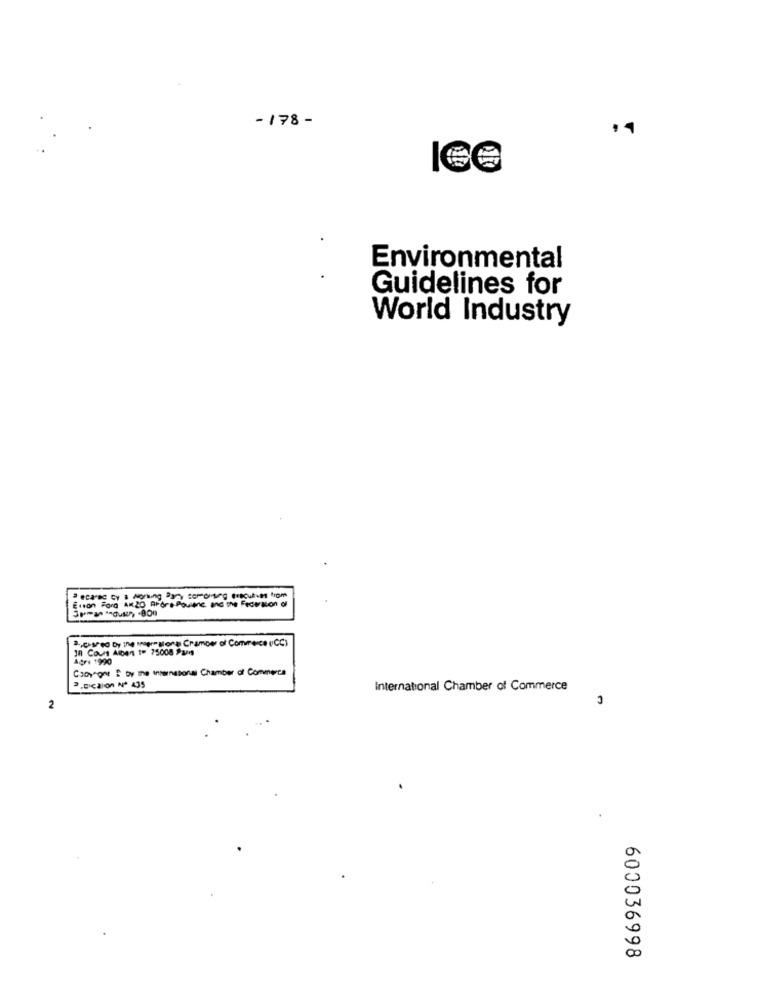
-178 -
Environmental
Guidelines for
World Industry
Enson ForG AM20 AFAre Poulenc, and the Federation of
2,coreo by ine impresiona Chamber of Commerce (CC)
Ja Cour Moon To 75008 Pas
Ağrı 1990
Caoy one E by the international Chamber of Commerce
2.DICalon Nº 435
International Chamber of Commerce
2
600036998